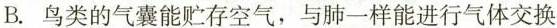
B.鸟类的气囊能贮存空气，与肺一样能进行气体交换